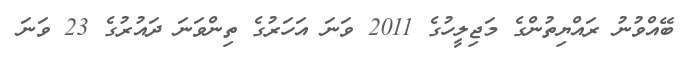
ބޭއްވުނު ރައްޔިތުންގެ މަޖިލީހުގެ 2011 ވަނަ އަހަރުގެ ތިންވަނަ ދައުރުގެ 23 ވަނަ